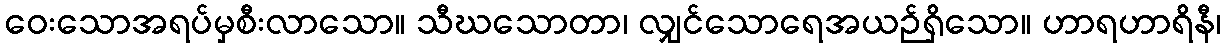
ဝေးသောအရပ်မှစီးလာသော။ သီဃသောတာ၊ လျှင်သောရေအယဉ်ရှိသော။ ဟာရဟာရိနီ၊